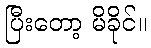
ပြီးတော့ မိခိုင်။